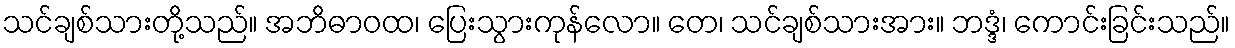
သင်ချစ်သားတို့သည်။ အဘိဓာဝထ၊ ပြေးသွားကုန်လော။ တေ၊ သင်ချစ်သားအား။ ဘဒ္ဒံ၊ ကောင်းခြင်းသည်။